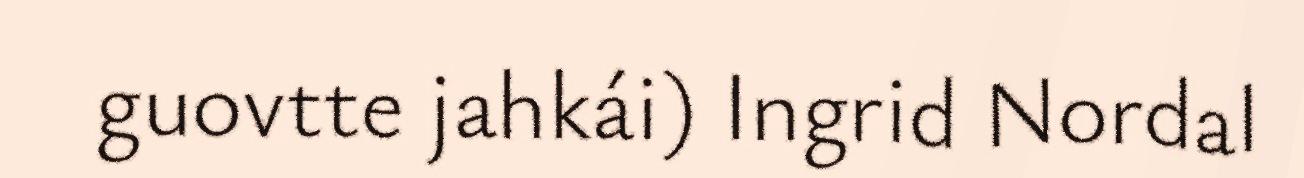
guovtte jahkái) Ingrid Nordal